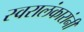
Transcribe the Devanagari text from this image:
स्वरालंकारांनी